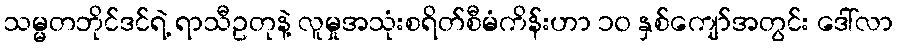
သမ္မတဘိုင်ဒင်ရဲ့ ရာသီဥတုနဲ့ လူမှုအသုံးစရိတ်စီမံကိန်းဟာ ၁၀ နှစ်ကျော်အတွင်း ဒေါ်လာ